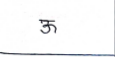
मजकूर: ऊ